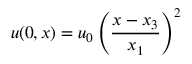
u ( 0 , x ) = u _ { 0 } \left( { \frac { x - x _ { 3 } } { x _ { 1 } } } \right) ^ { 2 }